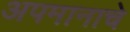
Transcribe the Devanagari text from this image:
अपमानाचे